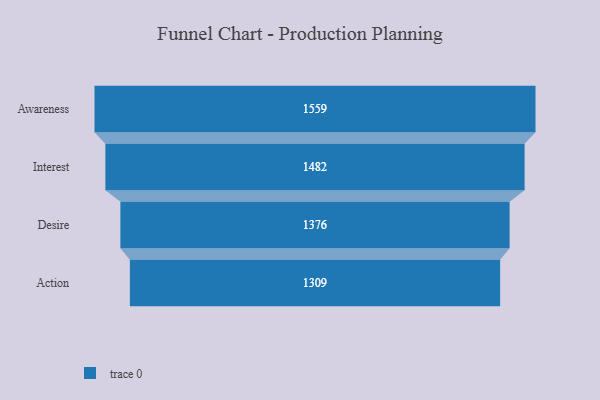
{"axis": {"x": "Stage", "y": "Value"}, "legend": [""], "data": [{"x": "Awareness", "y": 1559.0, "type": ""}, {"x": "Interest", "y": 1482.0, "type": ""}, {"x": "Desire", "y": 1376.0, "type": ""}, {"x": "Action", "y": 1309.0, "type": ""}]}